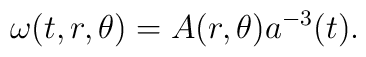
\omega(t,r,\theta) = A(r,\theta) a^{-3}(t).